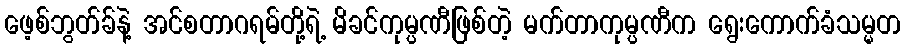
ဖေ့စ်ဘွတ်ခ်နဲ့ အင်စတာဂရမ်တို့ရဲ့ မိခင်ကုမ္ပဏီဖြစ်တဲ့ မက်တာကုမ္ပဏီက ရွေးကောက်ခံသမ္မတ